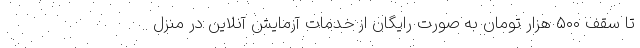
تا سقف ۵۰۰ هزار تومان به صورت رایگان از خدمات آزمایش آنلاین در منزل